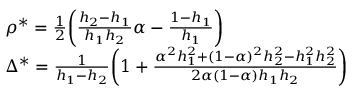
\begin{array} { r l } & { \rho ^ { * } = \frac { 1 } { 2 } \bigg ( \frac { h _ { 2 } - h _ { 1 } } { h _ { 1 } h _ { 2 } } \alpha - \frac { 1 - h _ { 1 } } { h _ { 1 } } \bigg ) } \\ & { \Delta ^ { * } = \frac { 1 } { h _ { 1 } - h _ { 2 } } \bigg ( 1 + \frac { \alpha ^ { 2 } h _ { 1 } ^ { 2 } + ( 1 - \alpha ) ^ { 2 } h _ { 2 } ^ { 2 } - h _ { 1 } ^ { 2 } h _ { 2 } ^ { 2 } } { 2 \alpha ( 1 - \alpha ) h _ { 1 } h _ { 2 } } \bigg ) } \end{array}